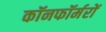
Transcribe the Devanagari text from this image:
कॉनफॉर्मरों